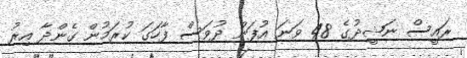
ރައީސް ނަޝީދުގެ 48 ވަނަ އުފަން ދުވަސް ފާހަގަ ކުރަމުން ގެންދާ އިރު